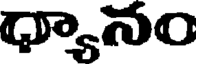
ధ్యానం